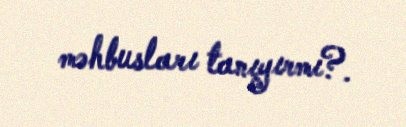
məhbusları tanıyırmı?.